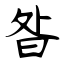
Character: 昝